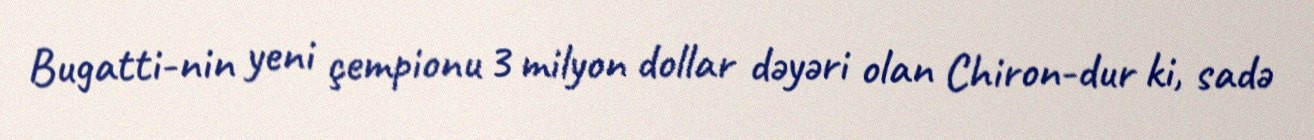
Bugatti-nin yeni çempionu 3 milyon dollar dəyəri olan Chiron-dur ki, sadə